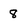
Character: 8